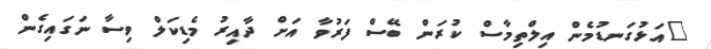
"އަޅުގަނޑުމެން އިލްތިމާސް ކުރަން ބޭސް ފަރުވާ އަށް ދާއިރު މެޑިކަލް ވިސާ ނަގައިގެން